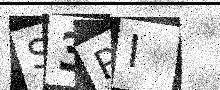
Text: S3RI